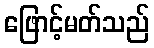
ဖြောင့်မတ်သည်